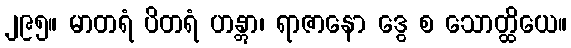
၂၉၅။ မာတရံ ပိတရံ ဟန္တွာ၊ ရာဇာနော ဒွေ စ သောတ္ထိယေ။